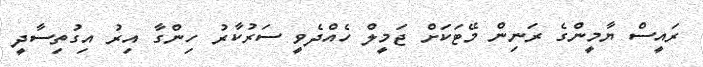
ރައީސް ޔާމީންގެ ރަނިން މޭޓަކަށް ޖަމީލް ހެއްދެވީ ސަރުކާރު ހިންގާ އިރު އިގުތިސާދީ